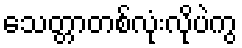
သေတ္တာတစ်လုံးလိုပဲကွ